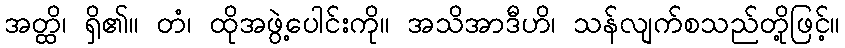
အတ္ထိ၊ ရှိ၏။ တံ၊ ထိုအဖွဲ့ပေါင်းကို။ အသိအာဒီဟိ၊ သန်လျက်စသည်တို့ဖြင့်။